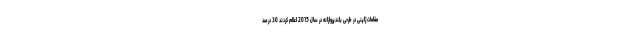
مقامات ژاپنی در طرحی بلندپروازانه در سال 2015 اعلام کردند 30 درصد